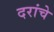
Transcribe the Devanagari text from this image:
दरांचे